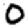
Digit: 0